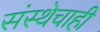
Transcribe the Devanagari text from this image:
संस्थेचाही